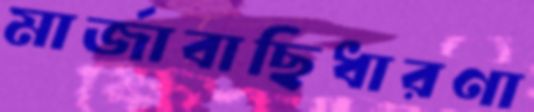
মার্জাবাছিধারণা